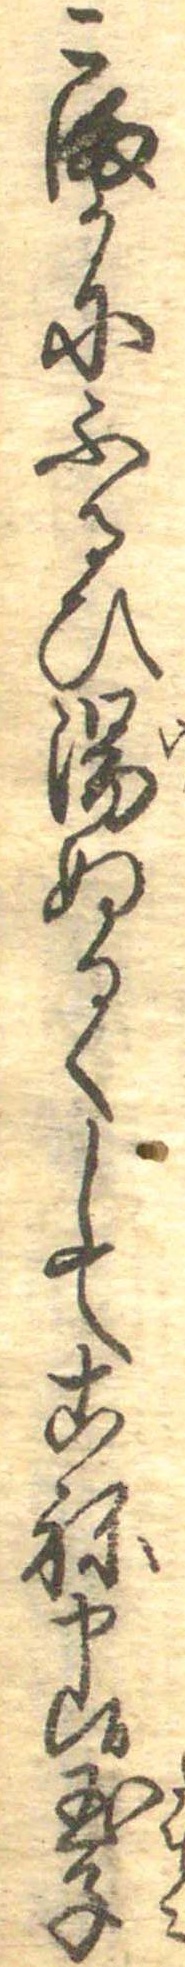
こまかにふるひ湯ぬるくしてこね申候玉子